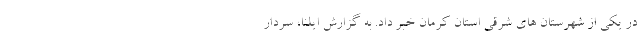
در یکی از شهرستان های شرقی استان کرمان خبر داد. به گزارش ایلنا، سردار